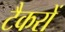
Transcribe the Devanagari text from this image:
टैकरों